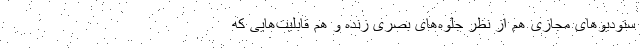
ستودیوهای مجازی هم از نظر جلوه‌های بصری زنده و هم قابلیت‌هایی که